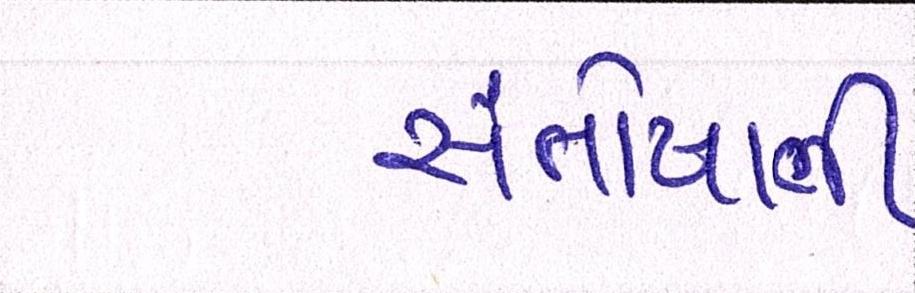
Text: સંતોષાતી